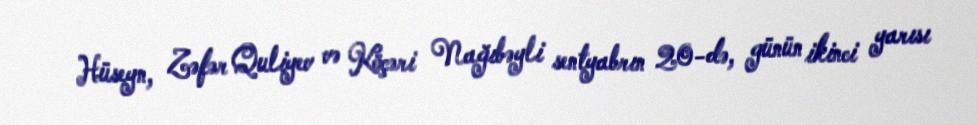
Hüseyn, Zəfər Quliyev və Köçəri Nağıbəyli sentyabrın 20-də, günün ikinci yarısı